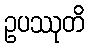
ဥပဿုတိ